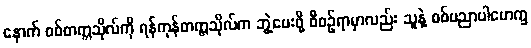
နောက် စစ်တက္ကသိုလ်ကို ရန်ကုန်တက္ကသိုလ်က ဘွဲ့ပေးဖို့ စီစဉ်ရာမှာလည်း သူနဲ့ စစ်ပညာပါမောက္ခ